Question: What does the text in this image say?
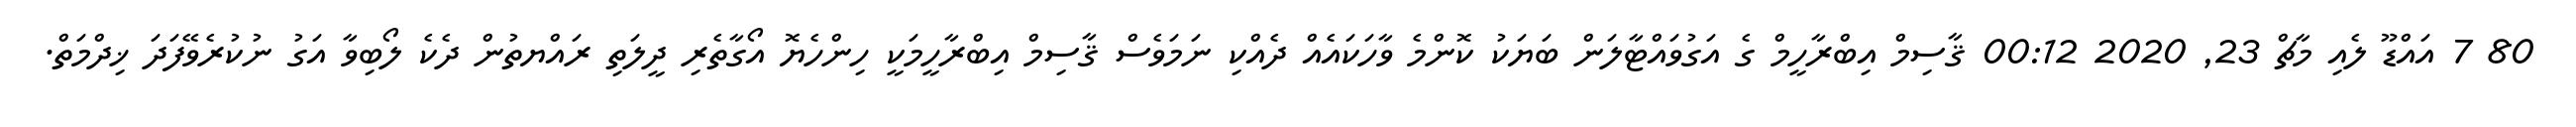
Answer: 80 7 އައްޑޫ ލެއި މާޗް 23, 2020 00:12 ޤާސިމް އިބްރާހީމް ގެ އަގުވައްޓާލަން ބަޔަކު ކޮންމެ ވާހަކައެއް ދެއްކި ނަމަވެސް ޤާސިމް އިބްރާހީމަކީ ހިންހެޔޮ އޯގާތެރި ދީލަތި ރައްޔތުން ދެކެ ލޯބިވާ އަގު ނުކުރެވޭފަދަ ޚިދްމަތް.